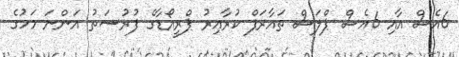
6އެސް އާއި 6އެސް ޕްލަސް ތައާރަފް ކުރާއިރު ޕްރީއޯޑާގެ ފުރުސަތު އަންނަ މަހުގެ